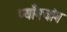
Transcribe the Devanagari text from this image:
प्याँगचांग